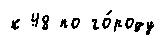
к 48 по го́роду